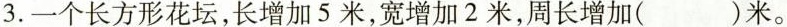
3.一个长方形花坛，长增加5米，宽增加2米，周长增加( )米。